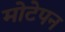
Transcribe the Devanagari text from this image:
मोटेपन